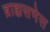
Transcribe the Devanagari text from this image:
ब्राह्मसभेस